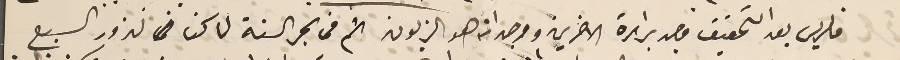
فالريس بعد التحقيق وجد براءة الاخرين ووجد انه هو الزبون ثم فى بحر السنة لما كنا نزور السبع